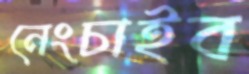
নেংচাইব